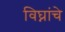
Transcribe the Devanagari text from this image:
विघ्नांचे